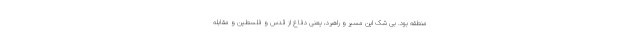
منطقه بود. بی شک این مسیر و راهبرد، یعنی دفاع از قدس و فلسطین و مقابله